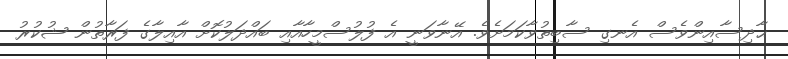
ޙާދިސާއިންވެސް އެނގި ސާބިތުވާކަމަށެވެ. އޭނާވަނީ އެ ފުލުސްމީހާއާއި ބައްދަލުކޮށް އާއިލާގެ ފަރާތުން ޝުކުރު